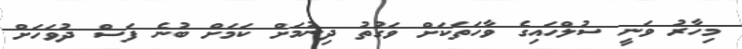
މިހާރު ވަނީ ސުލްހައިގެ ވާހަތަކަށް ވަގުތު ދިނުމަށް ކަމަށް ބުނެ ފަސް ދުވަހަށް